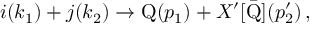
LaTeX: i ( k _ { 1 } ) + j ( k _ { 2 } ) \rightarrow \mathrm { { Q } } ( p _ { 1 } ) + X ^ { \prime } [ \Bar { \mathrm { Q } } ] ( p _ { 2 } ^ { \prime } ) \, ,